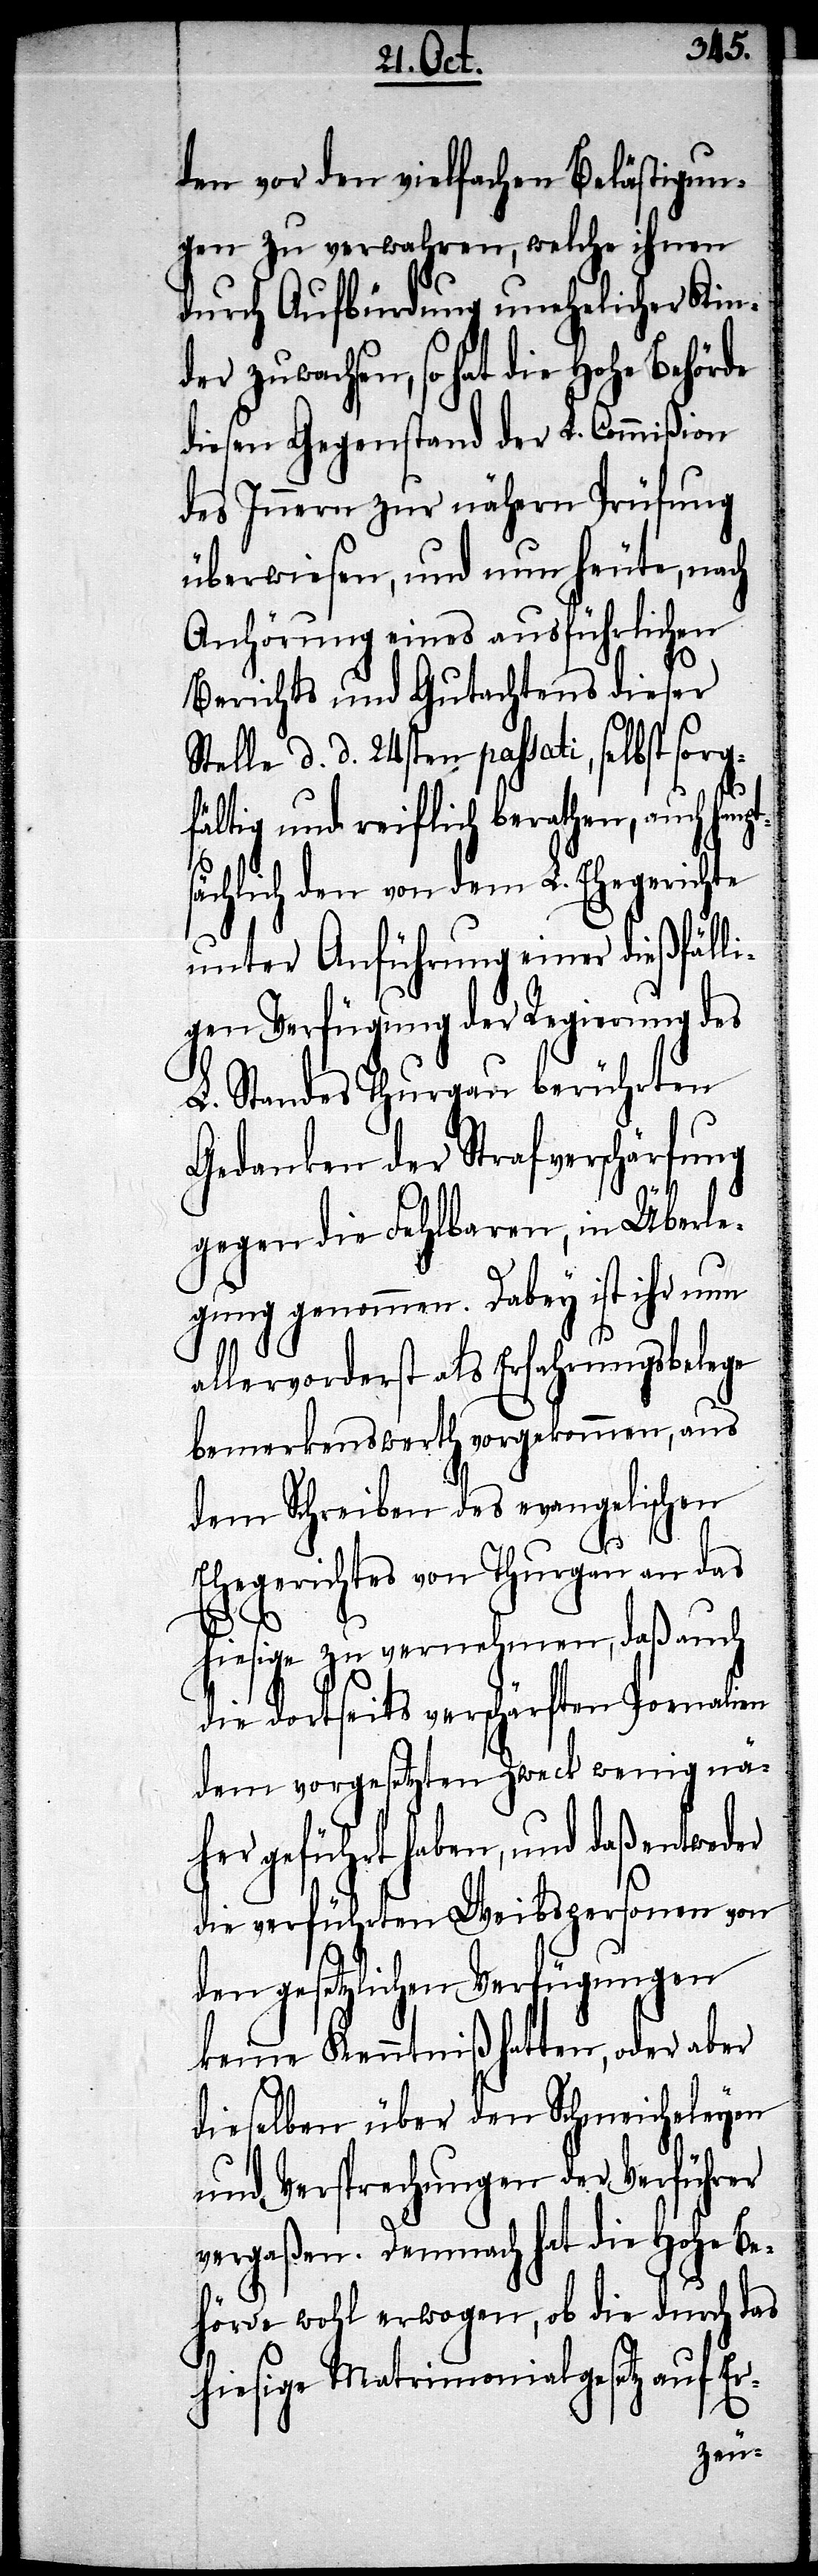
pts¬
den vor den vielfachen Belästigun¬
gen zu verwahren, welche ihnen
durch Aufbürdung unehelicher Kind¬
er zuwachsen, so hat die Hohe Behörde
diesen Gegenstand der L. Commißion
des Innern zur nähern Prüfung
überwiesen, und nun heute, nach
Anhörung eines ausführlichen
Berichts und Gutachtens dieser
Stelle d. d. 24sten passati, selbst
fältig und reiflich berathen, auch hau¬
ächlich den von dem L. Ehegerichte
unter Anführung einer dießfäll¬
igen Verfügung der Regierung des
L. Standes Thurgau berührten
Gedanken der Strafverschärfung
gegen die Fehlbaren, in Überle¬
gung genommen. Dabey ist ihr nun
allervorderst als Erfahrungsbelege
bemerkenswerth vorgekommen, aus
dem Schreiben des evangelischen
Ehegerichtes von Thurgau an das
hiesige zu vernehmen, daß auch
die dortseits verschärften Poenalien
dem vorgesetzten Zweck wenig nä¬
her geführt haben, und daß entweder
die verführten Weibspersonen von
den gesetzlichen Verfügungen
keine Kenntniß hatten, oder aber
dieselben über den Schmeicheleyen
und Versprechungen der Verführer
vergaßen. Demnach hat die Hohe Be¬
hörde wohl erwogen, ob die durch das
hiesige Matrimonialgesetz auf Er-
sorg¬